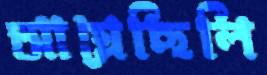
আগ্‌লেছিলি